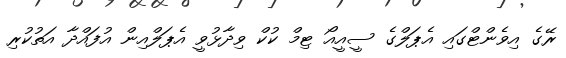
ރޭގެ އިވެންޓްގައި އެޕަލްގެ ސީއީއޯ ޓިމް ކުކް ވިދާޅުވީ އެޕަލްއިން އުފައްދާ އަތުކުރި